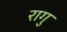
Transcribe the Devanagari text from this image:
रागु